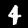
Digit: 4